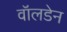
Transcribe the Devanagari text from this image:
वॉलडेन